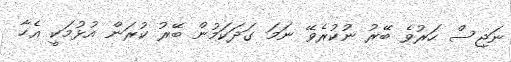
ނަޖިސް ހަރުވެ ބޭރު ނުކުރެވޭ ނަމަ ގަދަކަމުން ބޭރު ކުރަން އުޅުމަކީ އެހާ